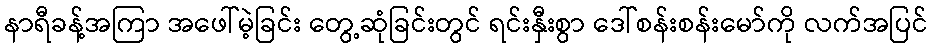
နာရီခန့်အကြာ အဖေါ်မဲ့ခြင်း တွေ့ဆုံခြင်းတွင် ရင်းနှီးစွာ ဒေါ်စန်းစန်းမော်ကို လက်အပြင်